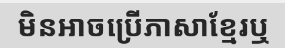
មិនអាចប្រើភាសាខ្មែរឬ